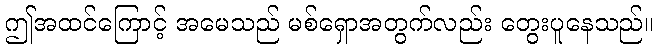
ဤအထင်ကြောင့် အမေသည် မစ်ရှောအတွက်လည်း တွေးပူနေသည်။